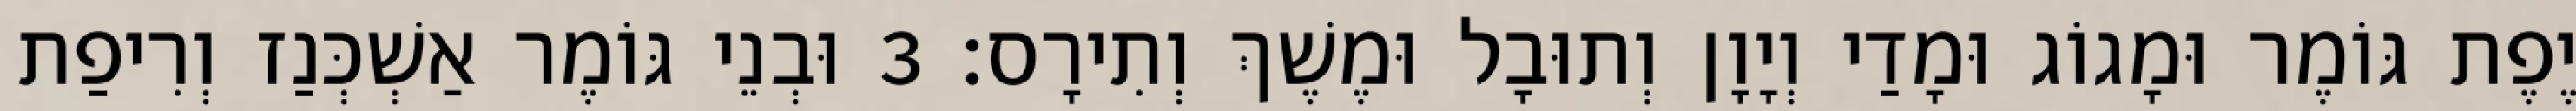
יֶפֶת גּוֹמֶר וּמָגוֹג וּמָדַי וְיָוָן וְתוּבָל וּמֶשֶׁךְ וְתִירָס׃ 3 וּבְנֵי גּוֹמֶר אַשְׁכְּנַז וְרִיפַת